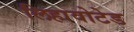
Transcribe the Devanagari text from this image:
लिहावोटेड